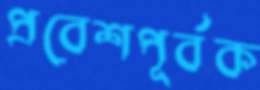
প্রবেশপূর্বক